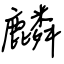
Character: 麟